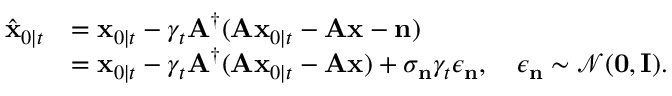
\begin{array} { r l } { \hat { \mathbf { x } } _ { 0 \mid t } } & { = \mathbf { x } _ { 0 \mid t } - \gamma _ { t } \mathbf { A } ^ { \dagger } ( \mathbf { A } \mathbf { x } _ { 0 \mid t } - \mathbf { A } \mathbf { x } - \mathbf { n } ) } \\ & { = \mathbf { x } _ { 0 \mid t } - \gamma _ { t } \mathbf { A } ^ { \dagger } ( \mathbf { A } \mathbf { x } _ { 0 \mid t } - \mathbf { A } \mathbf { x } ) + \sigma _ { \mathbf { n } } \gamma _ { t } \epsilon _ { \mathbf { n } } , \quad \epsilon _ { \mathbf { n } } \sim \mathcal { N } ( \mathbf { 0 } , \mathbf { I } ) . } \end{array}